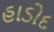
હાડોદ